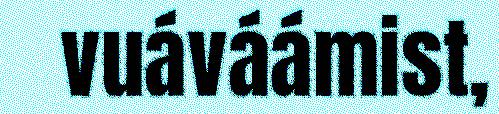
vuáváámist,